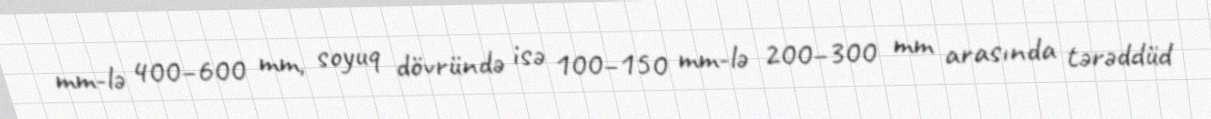
mm-lə 400–600 mm, soyuq dövründə isə 100–150 mm-lə 200–300 mm arasında tərəddüd